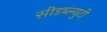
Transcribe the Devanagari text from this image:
सीडब्ल्युटी